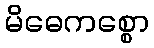
မိဓေကစ္စော